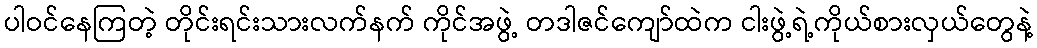
ပါဝင်နေကြတဲ့ တိုင်းရင်းသားလက်နက် ကိုင်အဖွဲ့ တဒါဇင်ကျော်ထဲက ငါးဖွဲ့ရဲ့ကိုယ်စားလှယ်တွေနဲ့